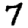
Digit: 7